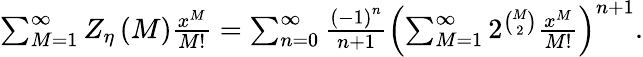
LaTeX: \begin{array}{r}{\sum_{M=1}^{\infty}Z_{\eta}\left(M\right)\frac{x^{M}}{M!}=\sum_{n=0}^{\infty}\frac{\left(-1\right)^{n}}{n+1}\left(\sum_{M=1}^{\infty}2^{\binom{M}{2}}\frac{x^{M}}{M!}\right)^{n+1}.}\end{array}